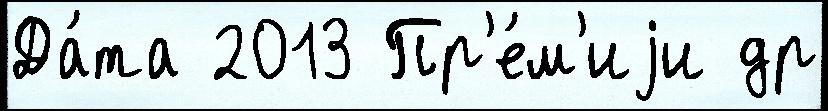
Да́та 2013 Пр'е́м'иjи др